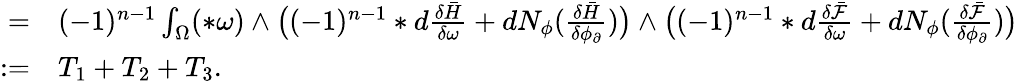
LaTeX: \begin{array}{rl}{=}&{{}(-1)^{n-1}\int_{\Omega}(\ast\omega)\wedge\big((-1)^{n-1}\ast d\frac{\delta\bar{H}}{\delta\omega}+dN_{\phi}(\frac{\delta\bar{H}}{\delta\phi_{\partial}})\big)\wedge\big((-1)^{n-1}\ast d\frac{\delta\bar{\mathcal{F}}}{\delta\omega}+dN_{\phi}(\frac{\delta\bar{\mathcal{F}}}{\delta\phi_{\partial}})\big)}\\ {:=}&{{}T_{1}+T_{2}+T_{3}.}\end{array}